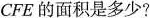
CPE的面积是多少?